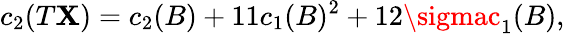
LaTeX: c_{2}(T\mathbf{X})=c_{2}(B)+11c_{1}(B)^{2}+12\sigmac_{1}(B),